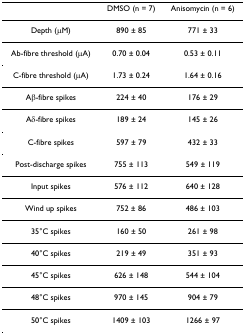
|  | DMSO (n = 7) | Anisomycin (n = 6) |
 | --- | --- | --- |
 | Depth (μM) | 890 ± 85 | 771 ± 33 |
 | Ab-fibre threshold (μA) | 0.70 ± 0.04 | 0.53 ± 0.11 |
 | C-fibre threshold (μA) | 1.73 ± 0.24 | 1.64 ± 0.16 |
 | Aβ-fibre spikes | 224 ± 40 | 176 ± 29 |
 | Aδ-fibre spikes | 189 ± 24 | 145 ± 26 |
 | C-fibre spikes | 597 ± 79 | 432 ± 33 |
 | Post-discharge spikes | 755 ± 113 | 549 ± 119 |
 | Input spikes | 576 ± 112 | 640 ± 128 |
 | Wind up spikes | 752 ± 86 | 486 ± 103 |
 | 35°C spikes | 160 ± 50 | 261 ± 98 |
 | 40°C spikes | 219 ± 49 | 351 ± 93 |
 | 45°C spikes | 626 ± 148 | 544 ± 104 |
 | 48°C spikes | 970 ± 145 | 904 ± 79 |
 | 50°C spikes | 1409 ± 103 | 1266 ± 97 |